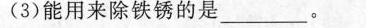
(3)能用来除铁锈的是___。